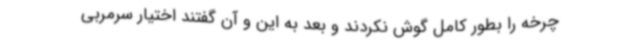
چرخه را بطور کامل گوش نکردند و بعد به این و آن گفتند اختیار سرمربی